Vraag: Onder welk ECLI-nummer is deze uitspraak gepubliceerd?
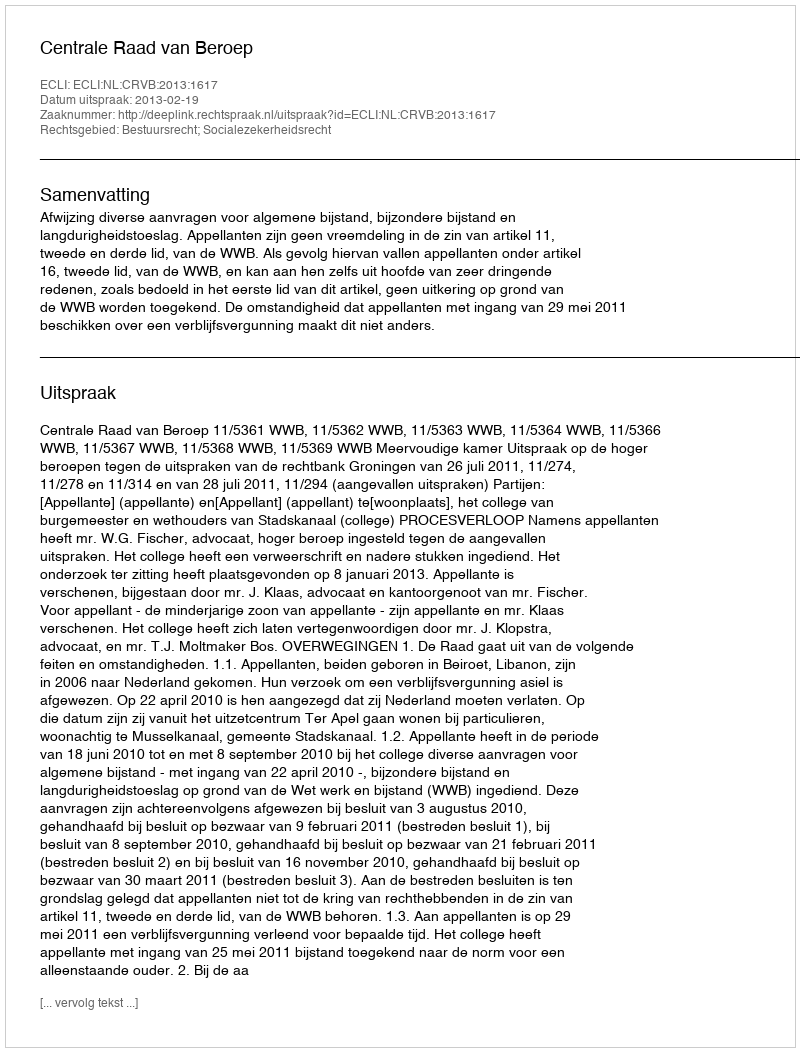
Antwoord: ECLI:NL:CRVB:2013:1617